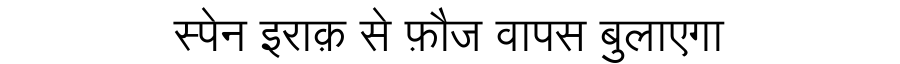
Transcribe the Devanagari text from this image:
स्पेन इराक़ से फ़ौज वापस बुलाएगा